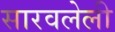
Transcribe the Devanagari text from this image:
सारवलेली